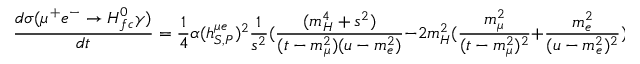
\frac { d \sigma ( \mu ^ { + } e ^ { - } \rightarrow H _ { f c } ^ { 0 } \gamma ) } { d t } = \frac { 1 } { 4 } \alpha ( h _ { S , P } ^ { \mu e } ) ^ { 2 } \frac { 1 } { s ^ { 2 } } ( \frac { ( m _ { H } ^ { 4 } + s ^ { 2 } ) } { ( t - m _ { \mu } ^ { 2 } ) ( u - m _ { e } ^ { 2 } ) } - 2 m _ { H } ^ { 2 } ( \frac { m _ { \mu } ^ { 2 } } { ( t - m _ { \mu } ^ { 2 } ) ^ { 2 } } + \frac { m _ { e } ^ { 2 } } { ( u - m _ { e } ^ { 2 } ) ^ { 2 } } ) ) ,